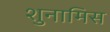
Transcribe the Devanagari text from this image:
शुनामिस